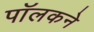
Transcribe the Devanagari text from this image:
पॉलकने